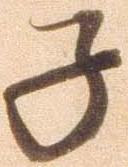
子